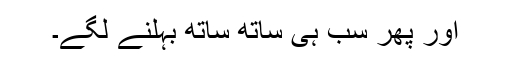
اور پھر سب ہی ساتھ ساتھ بہلنے لگے۔